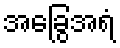
အခြွေအရံ